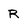
Character: R